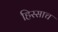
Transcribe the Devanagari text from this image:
हिस्साच